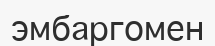
эмбаргомен